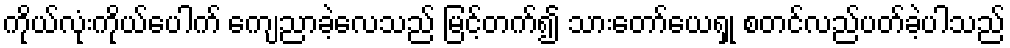
ကိုယ်လုံးကိုယ်ပေါက် ကျေညာခဲ့လေသည် မြင့်တက်၍ သားတော်ယေရှု စတင်လည်ပတ်ခဲ့ပါသည်